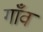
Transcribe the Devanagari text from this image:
गाँँव